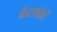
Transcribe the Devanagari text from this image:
केटफोर्ड